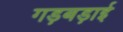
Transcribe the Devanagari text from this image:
गड़बड़ाई